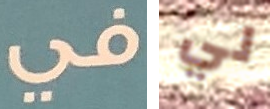
في لي